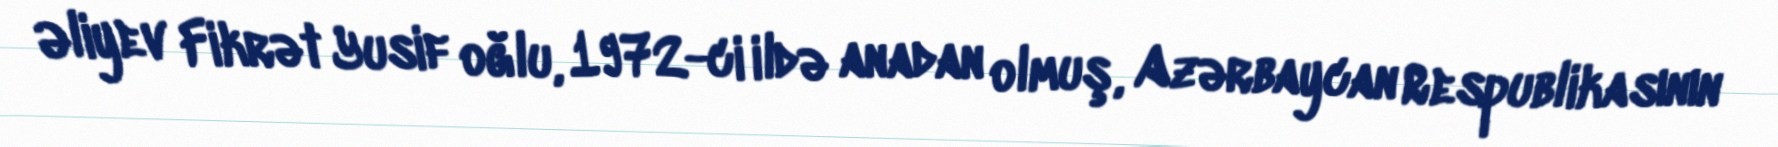
Əliyev Fikrət Yusif oğlu, 1972-ci ildə anadan olmuş, Azərbaycan Respublikasının